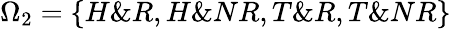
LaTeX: \Omega_{2}=\{ H\& R,H\& NR,T\& R,T\& NR\}